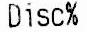
DISC%